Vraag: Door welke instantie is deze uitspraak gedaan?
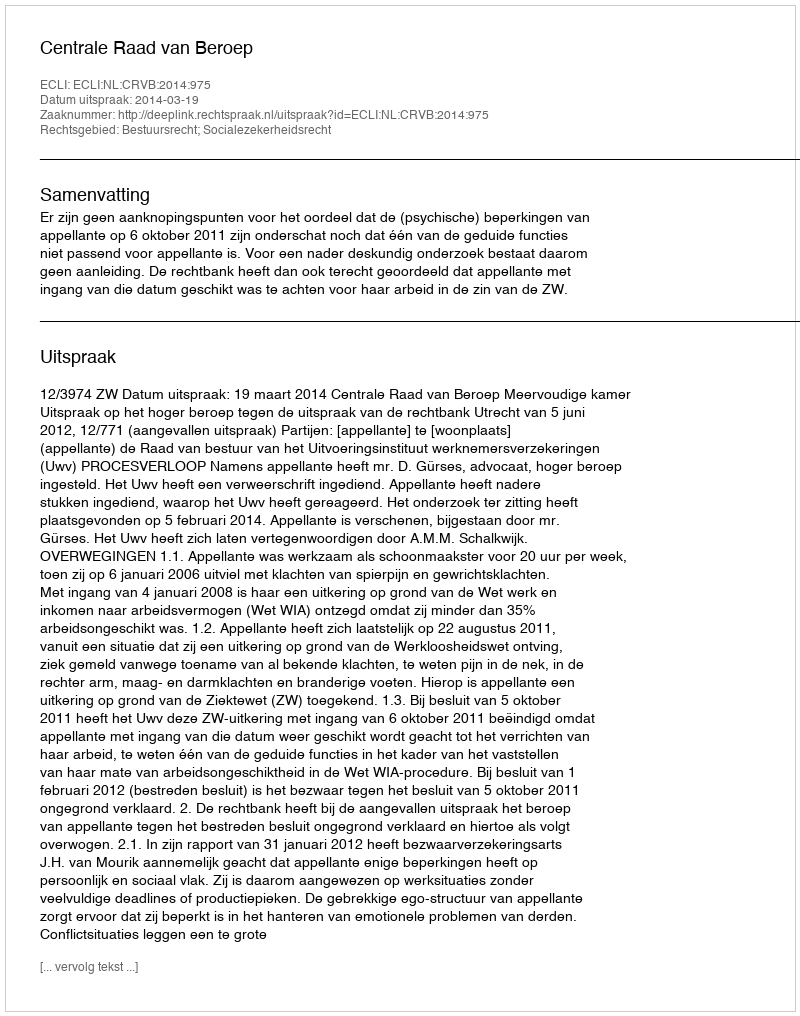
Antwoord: Centrale Raad van Beroep